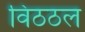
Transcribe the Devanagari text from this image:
विठठल